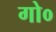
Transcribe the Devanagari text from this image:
गो०